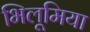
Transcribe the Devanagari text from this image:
भिलूमिया